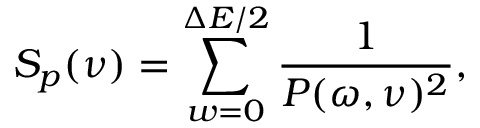
S _ { p } ( \nu ) = \sum _ { w = 0 } ^ { \Delta E / 2 } \frac { 1 } { P ( \omega , \nu ) ^ { 2 } } ,